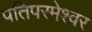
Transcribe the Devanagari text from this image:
पतिपरमेश्वर